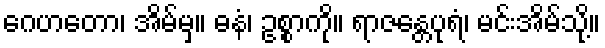
ဂေဟတော၊ အိမ်မှ။ ဓနံ၊ ဥစ္စာကို။ ရာဇန္တေပုရံ၊ မင်းအိမ်သို့။